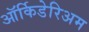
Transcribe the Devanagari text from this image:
ऑर्किडेरिअम